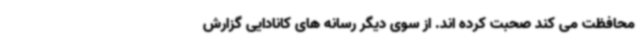
محافظت می کند صحبت کرده اند. از سوی دیگر رسانه های کانادایی گزارش